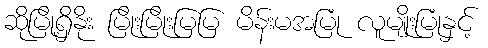
ဆိုမြို့ရှိနိုး မြိုးမြိုးမြမြ မိန်းမအမြုံ လူမျိုးမြုံနှင့်